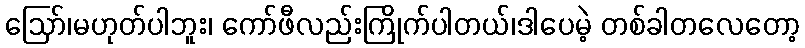
ဪ၊မဟုတ်ပါဘူး၊ ကော်ဖီလည်းကြိုက်ပါတယ်၊ဒါပေမဲ့ တစ်ခါတလေတော့